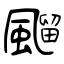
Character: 飀